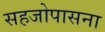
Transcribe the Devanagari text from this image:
सहजोपासना